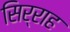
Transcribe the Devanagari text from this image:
सिर्राह